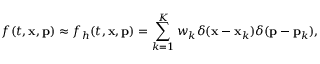
f ( t , { \mathbf x } , { \mathbf p } ) \approx f _ { h } ( t , { \mathbf x } , { \mathbf p } ) = \sum _ { k = 1 } ^ { K } w _ { k } \delta ( { \mathbf x } - { \mathbf x } _ { k } ) \delta ( { \mathbf p } - { \mathbf p } _ { k } ) ,